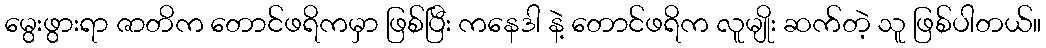
မွေးဖွားရာ ဇာတိက တောင်ဖရိကမှာ ဖြစ်ပြီး ကနေဒါ နဲ့ တောင်ဖရိက လူမျိုး ဆက်တဲ့ သူ ဖြစ်ပါတယ်။